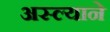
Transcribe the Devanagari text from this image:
अस्ल्याने